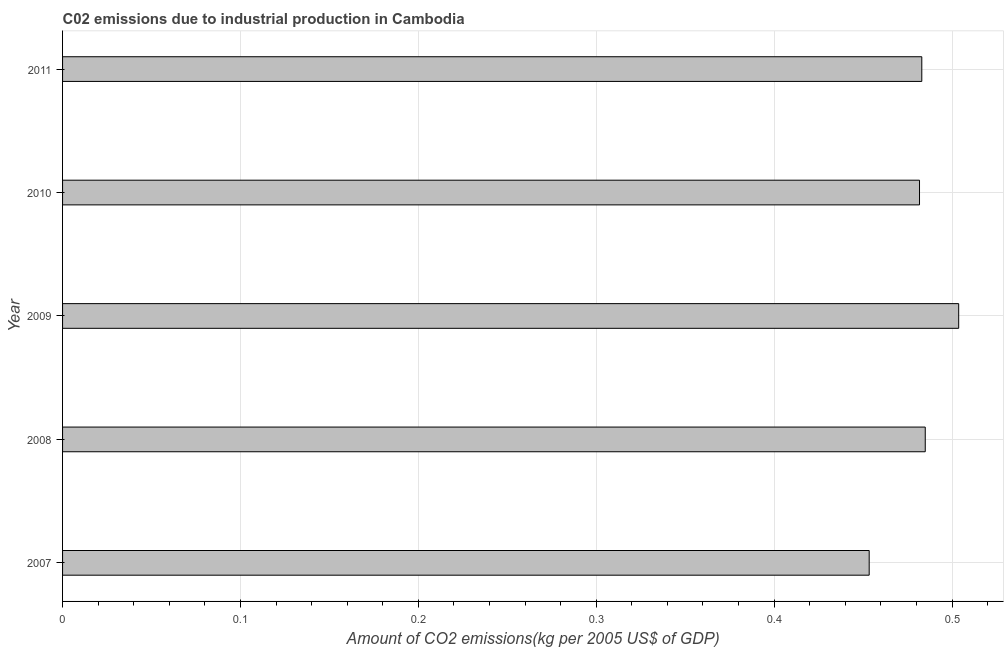
| Year | CO2 emissions  |
 | --- | --- |
 | 2007 | 0.453 |
 | 2008 | 0.485 |
 | 2009 | 0.504 |
 | 2010 | 0.482 |
 | 2011 | 0.483 |